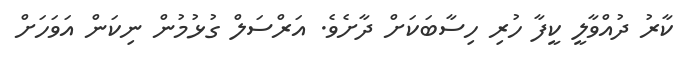
ކާރު ދުއްވާލީ ކީފާ ހުރި ހިސާބަކަށް ދާށެވެ. އަރްސަލް ގުޅުމުން ނިކަން އަވަހަށް